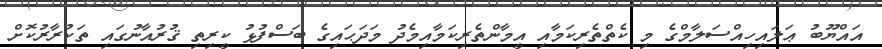
އައްޔޫބު ޢަލައިހިއްސަލާމްގެ މި ކެތްތެރިކަމާއި އީމާންތެރިކަމާއިމެދު މަދަޙައިގެ ބަސްފުޅު ކީރިތި ޤުރުއާނުގައި ތަކުރާރުކޮށް